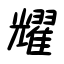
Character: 耀